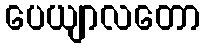
ပေယျာလတော